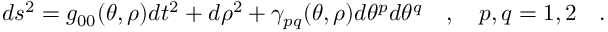
d s ^ { 2 } = g _ { 0 0 } ( \theta , \rho ) d t ^ { 2 } + d \rho ^ { 2 } + \gamma _ { p q } ( \theta , \rho ) d \theta ^ { p } d \theta ^ { q } ~ ~ ~ , { } ~ ~ ~ p , q = 1 , 2 ~ ~ ~ .